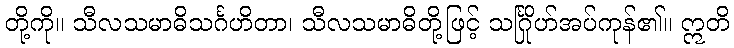
တို့ကို။ သီလသမာဓိသင်္ဂဟိတာ၊ သီလသမာဓိတို့ဖြင့် သင်္ဂြိုဟ်အပ်ကုန်၏။ ဣတိ